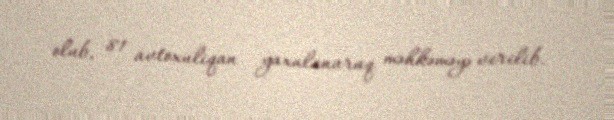
olub, 81 avtoxuliqan yaxalanaraq məhkəməyə verilib.